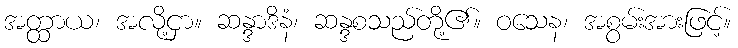
အတ္ထာယ၊ အလို့ငှာ။ ဆန္ဒာဒိနံ၊ ဆန္ဒစသည်တို့၏။ ဝသေန၊ အစွမ်းအားဖြင့်။